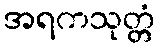
အရကသုတ္တံ